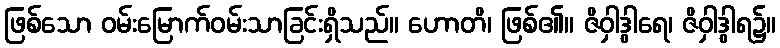
ဖြစ်သော ဝမ်းမြောက်ဝမ်းသာခြင်းရှိသည်။ ဟောတိ၊ ဖြစ်၏။ ဇိဝှါဒွါရေ၊ ဇိဝှါဒွါရ၌။